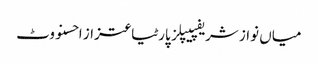
میاں نواز شریفپیپلز پارٹیاعتزاز احسنووٹ